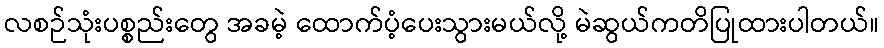
လစဉ်သုံးပစ္စည်းတွေ အခမဲ့ ထောက်ပံ့ပေးသွားမယ်လို့ မဲဆွယ်ကတိပြုထားပါတယ်။